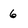
Character: 6